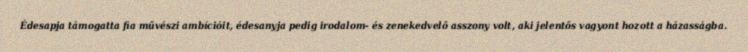
Édesapja támogatta fia művészi ambícióit, édesanyja pedig irodalom- és zenekedvelő asszony volt, aki jelentős vagyont hozott a házasságba.